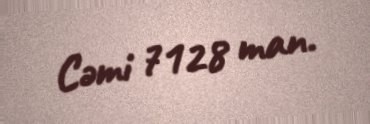
Cəmi 7128 man.